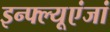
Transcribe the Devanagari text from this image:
इन्फ्ल्यूएंजां